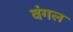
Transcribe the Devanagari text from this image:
वंगल